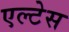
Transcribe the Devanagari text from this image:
एल्टेस